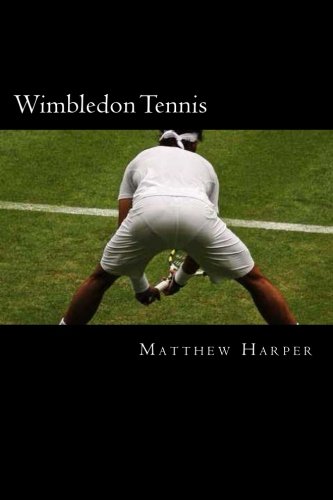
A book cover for Wimbledon Tennis: A Fascinating Book Containing Wimbledon Tennis Facts, Trivia, Images & Memory Recall Quiz: Suitable for Adults & Children (Matthew Harper); Matthew Harper; Children's Books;